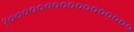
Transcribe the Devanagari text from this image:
१०००००००००००००००००